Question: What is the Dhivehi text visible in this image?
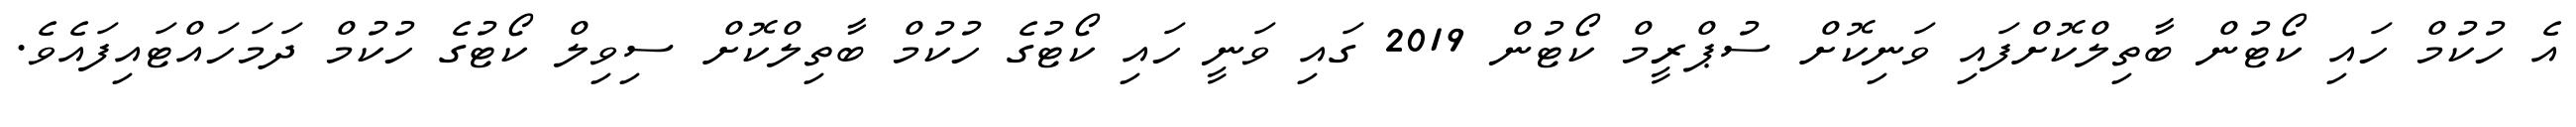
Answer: އެ ހުކުމް ހައި ކޯޓުން ބާތިލްކޮށްފައި ވަނިކޮށް ސުޕްރީމް ކޯޓުން 2019 ގައި ވަނީ ހައި ކޯޓުގެ ހުކުމް ބާތިލްކޮށް ސިވިލް ކޯޓުގެ ހުކުމް ދަމަހައްޓައިފައެވެ.